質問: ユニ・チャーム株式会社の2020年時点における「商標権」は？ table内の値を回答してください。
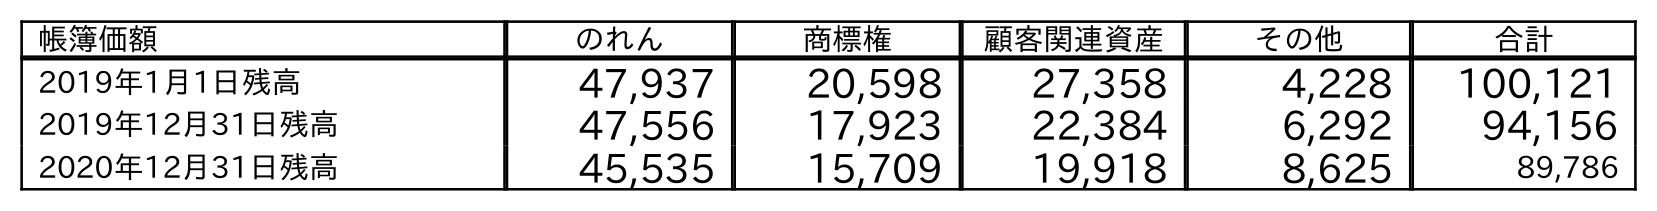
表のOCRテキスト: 帳簿価額 のれん 商標権 顧客関連資産 その他 合計 2019年1月1日残高 47,937 20,598 27,358 4,228 100,121 2019年12月31日残高 47,556 17,923 22,384 6,292 94,156 2020年12月31日残高 45,535 15,709 19,918 8,625 89,786
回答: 15,709